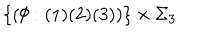
\{ ( \emptyset : ( 1 ) ( 2 ) ( 3 ) ) \} \times \Sigma _ { 3 }